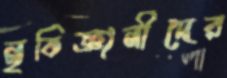
নৃবিজ্ঞানীদের